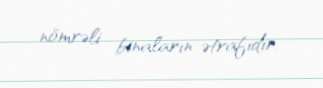
nömrəli binaların ətrafıdır.